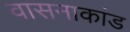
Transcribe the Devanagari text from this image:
वासनाकांड